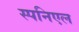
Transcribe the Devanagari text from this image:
स्पनिएल